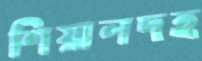
শিয়ালদহ